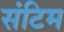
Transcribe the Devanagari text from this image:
संटिम